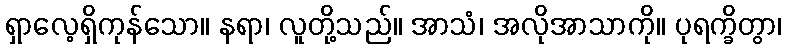
ရှာလေ့ရှိကုန်သော။ နရာ၊ လူတို့သည်။ အာသံ၊ အလိုအာသာကို။ ပုရက္ခိတွာ၊